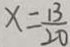
x = \frac { 1 3 } { 2 0 }